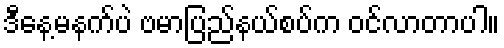
ဒီနေ့မနက်ပဲ ဗမာပြည်နယ်စပ်က ဝင်လာတာပါ။